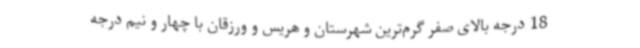
18 درجه بالای صفر گرم‌ترین شهرستان و هریس و ورزقان با چهار و نیم درجه